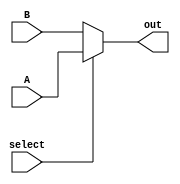
module mux(A,B,select,out);
input A,B,select;
output out;
	assign out=select?A:B;
endmodule